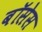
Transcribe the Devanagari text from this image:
बॉसेस